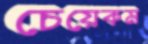
চেয়েকম